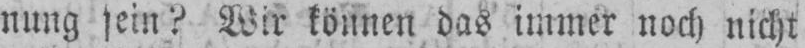
nung sein? Wir können das immer noch nicht